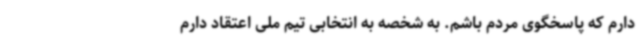
دارم که پاسخگوی مردم باشم. به شخصه به انتخابی تیم ملی اعتقاد دارم